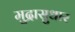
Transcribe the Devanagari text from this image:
मुद्रासुधार